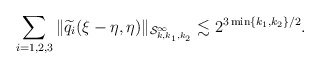
\begin{align*}\sum_{i=1,2,3}\|\widetilde{q}_i(\xi-\eta, \eta)\|_{\mathcal{S}^\infty_{k,k_1,k_2}} \lesssim 2^{3\min\{k_1,k_2\}/2 }.\end{align*}